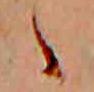
ヽ